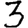
Digit: 3